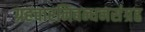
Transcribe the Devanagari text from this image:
ग्रहचारनिबन्धनसंग्रह